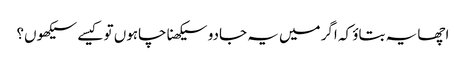
اچھا یہ بتاؤ کہ اگر میں یہ جادو سیکھنا چاہوں تو کیسے سیکھوں؟